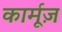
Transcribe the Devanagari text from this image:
कार्मूज़